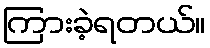
ကြားခဲ့ရတယ်။